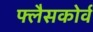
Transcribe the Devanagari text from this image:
फ्लैसकोर्व